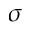
\sigma